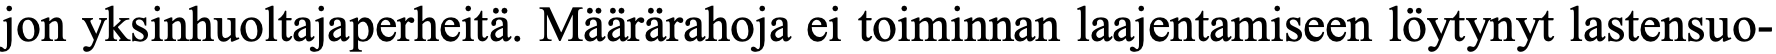
jon yksinhuoltajaperheitä. Määrärahoja ei toiminnan laajentamiseen löytynyt lastensuo-